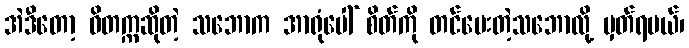
အဲဒီတော့ ဝိတက္ကဆိုတဲ့ သဘောက အာရုံပေါ် စိတ်ကို တင်ပေးတဲ့သဘောလို့ မှတ်ရမယ်၊